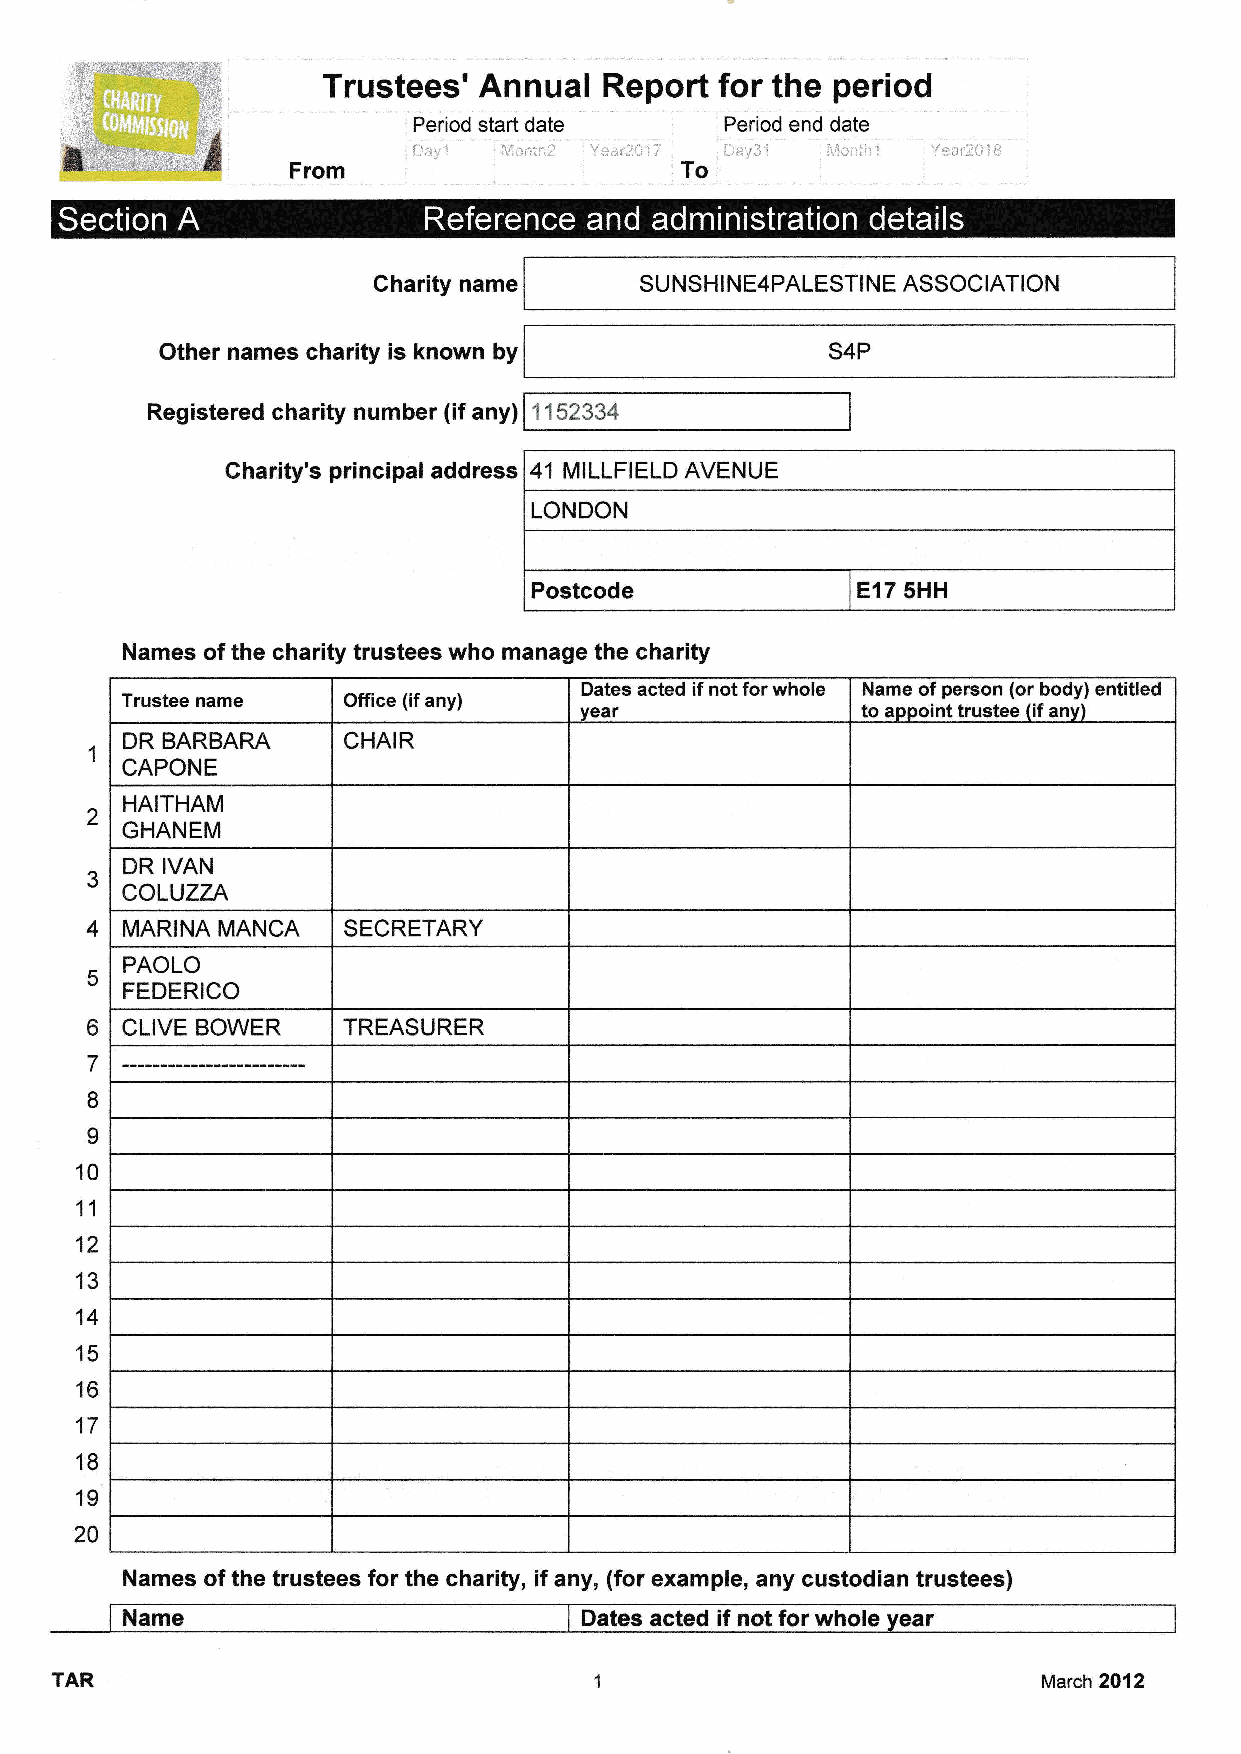
Trustees'  Annual  Report  for the period
 Period start date    Period end date
 ilalr1 iilon:h, -/e*r'ilu. Ii*.}.31 li;!+nti:'i v;:ai?ii8
 ?
 Gharity name     SUNSHI NE4PALESTI NE ASSOCIATION
 Other names charity is known by             54P
 Registered charity number (if any) 1152334
 Charity's principal address 41 MILLFIELD AVENUE
 LONDON
 Postcode              E{7 sHH
 Names of the charity trustees who manage the charity
 Dates acted if not for whole Name of person (or body) entitled
 Trustee name   Office (if any) vear              to aoooint trustee (if anv)
 DR BARBARA     CHAIR
 1
 CAPONE
 HAITHAM
 2
 GHANEM
 DR IVAN
 3
 COLUTZA
 4 MARINA MANCA   SECRETARY
 PAOLO
 5
 FEDERICO
 o CLIVE BOWER    TREASURER
 7
 8
 o
 10
 11
 12
 13
 14
 15
 16
 17
 18
 19
 20
 Names of the trustees for the charity, if any, (for examplen any custodian trustees)
 TAR                                                               March 20{2